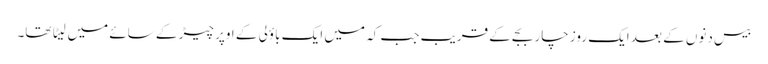
بیس دنوں کے بعد ایک روز چار بجے کے قریب جب کہ میں ایک باؤلی کے اوپر چیڑ کے سائے میں لیٹا تھا۔